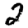
Digit: 2